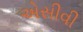
એસીવી